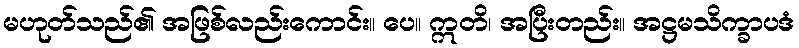
မဟုတ်သည်၏ အဖြစ်လည်းကောင်း။ ပေ။ ဣတိ၊ အပြီးတည်း။ အဋ္ဌမသိက္ခာပဒံ